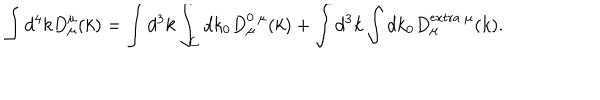
\int d ^ { 4 } k D _ { \mu } ^ { \mu } ( k ) = \int d ^ { 3 } k \int _ { C } d k _ { 0 } D _ { \mu } ^ { 0 \ \mu } ( k ) + \int d ^ { 3 } k \int d k _ { 0 } D _ { \mu } ^ { \mathrm { e x t r a \ \ m u } } ( k ) .